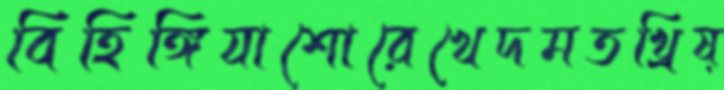
বিহিঙ্গিযাশোরেখেদমতখ্রিষ্